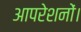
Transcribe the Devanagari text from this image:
आपरेशनों।